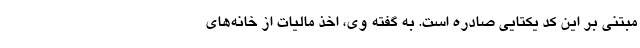
مبتنی بر این کد یکتایی صادره است. به گفته وی، اخذ مالیات از خانه‌های